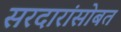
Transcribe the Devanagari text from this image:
सरदारांसोबत